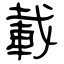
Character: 載